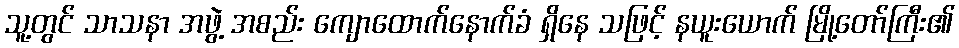
သူ့တွင် သာသနာ အဖွဲ့ အစည်း ကျောထောက်နောက်ခံ ရှိနေ သဖြင့် နယူးယောက် မြို့တော်ကြီး၏